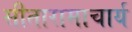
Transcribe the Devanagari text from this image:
सीतारामाचार्य